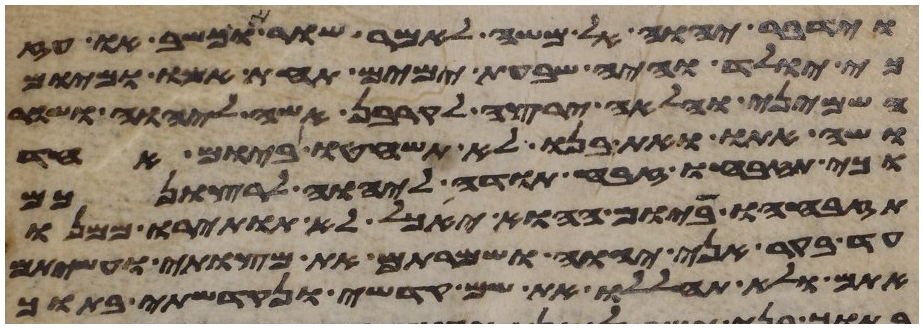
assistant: וידבר יהוה אל משה לאמר שור או כשב או עז
כי יולד והיה שבעת ימים תחת אמו ומיום
השמיני והלאה ירצה לקרבן אשה ליהוה ושור
ושה אתו ואת בנו לא תשחטו ביום אחד
וכי תזבחו זבח תודה ליהוה לרצונכם
תזבחהו ביום ההוא יאכל לא תותירו ממנו
עד בקר אני יהוה ושמרתם את מצותי ועשיתם
אתם ולא תחללו את שם קדשי ונקדשתי בתוך